Report of the Municipal Commissioner on the plague in Bombay for the year ending 31st May... - Volume 2
Disease focus: Plague
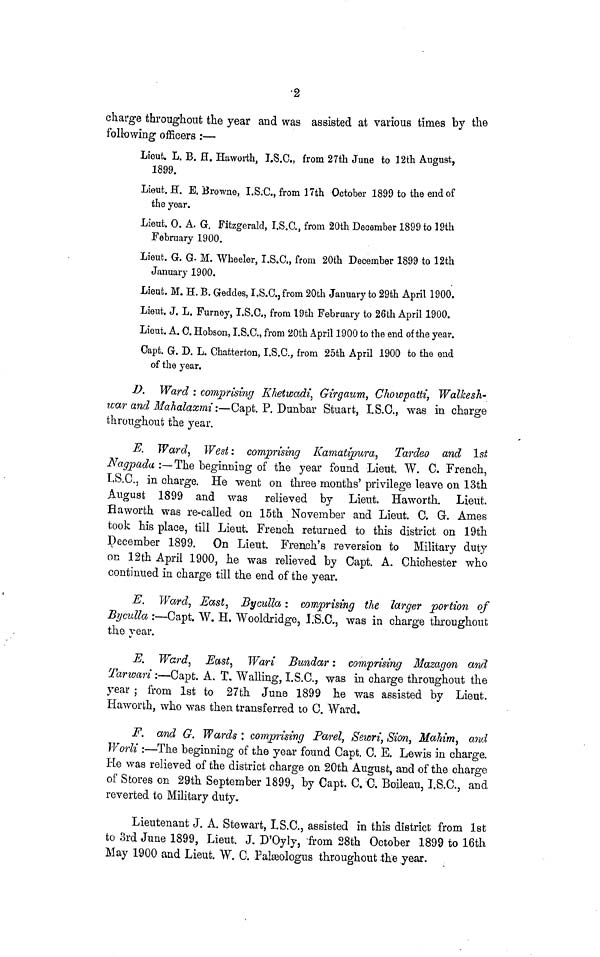
2
charge throughout the year and was assisted at various times by the
following officers :—
Lieut. L. B. H. Haworth, I.S.C., from 27th June to 12th August,
1899.
Lieut. H. E. Browne, I.S.C., from 17th October 1899 to the end of
the year.
Lieut. 0. A. G. Fitzgerald, I.S.C., from 20th December 1899 to 19th
February 1900.
Lieut. G. G. M. Wheeler, I.S.C., from 20th December 1899 to 12th
January 1900.
Lieut. M. H. B. Geddes, I.S.C.,from 20th January to 29th April 1900.
Lieut. J. L. Furney, I.S.G., from 19th February to 26th April 1900.
Lieut. A. O. Hobson, I.S.C., from 20th April 1900 to the end of the year.
Oapt. G. D. L. Ghatterton, I.S.C., from 25th April 1900 to the end
of the year.
D. Ward : comprising Khetwadi, Girgaum, Chowpatti, Walkesh-
war and MaJialaxmi:—Capt. P. Dunbar Stuart, I.S.O., was in charge
throughout the year.
E. Ward, West: comprising Kamatipura, Tardeo and 1st
Nagpada :—The beginning of the year found Lieut. W. C. French,
I.S.C., in charge. He went on three months' privilege leave on 13th
August 1899 and was relieved by Lieut. Haworth. Lieut.
Haworfch was re-called on 15th November and Lieut. C. G. Ames
took his place, till Lieut. French returned to this district on 19th
December 1899. On Lieut. French's reversion to Military duty
on 12th April 1900, he was relieved by Capt. A. Chichester who
continued in charge till the end of the year.
E. Ward, East, Byculla: comprising the larger portion of
Byculla:—Capt. W. H, Wooldridge, I;S.C,, was in charge throughout
the year.
E. Ward, East, Wari Bundar: comprising Mazagon and
Tar wan:—Capt. A. T. Walling, I.S.C., was in charge throughout the
year ; from 1st to 27th June 1899 he was assisted by Lieut.
Haworth, who was then transferred to C. Ward.
F. and G. Wards : comprising Parel, Sewn, Sion, Mahim, and
Worli :—The beginning of the year found Capt. C. E. Lewis in charge.
He was relieved of the district charge on 20th August, and of the charge
of Stores on 29th September 1899, by Capt. C. C. Boileau, I.S.C., and
reverted to Military duty.
Lieutenant J. A. Stewart, I.S.C., assisted in this district from 1st
to 3rd June 1899, Lieut. J. D'Oyly, from 28th October 1899 to 16th
May 1900 and Lieut. W. C. Pakeologus throughout the year.